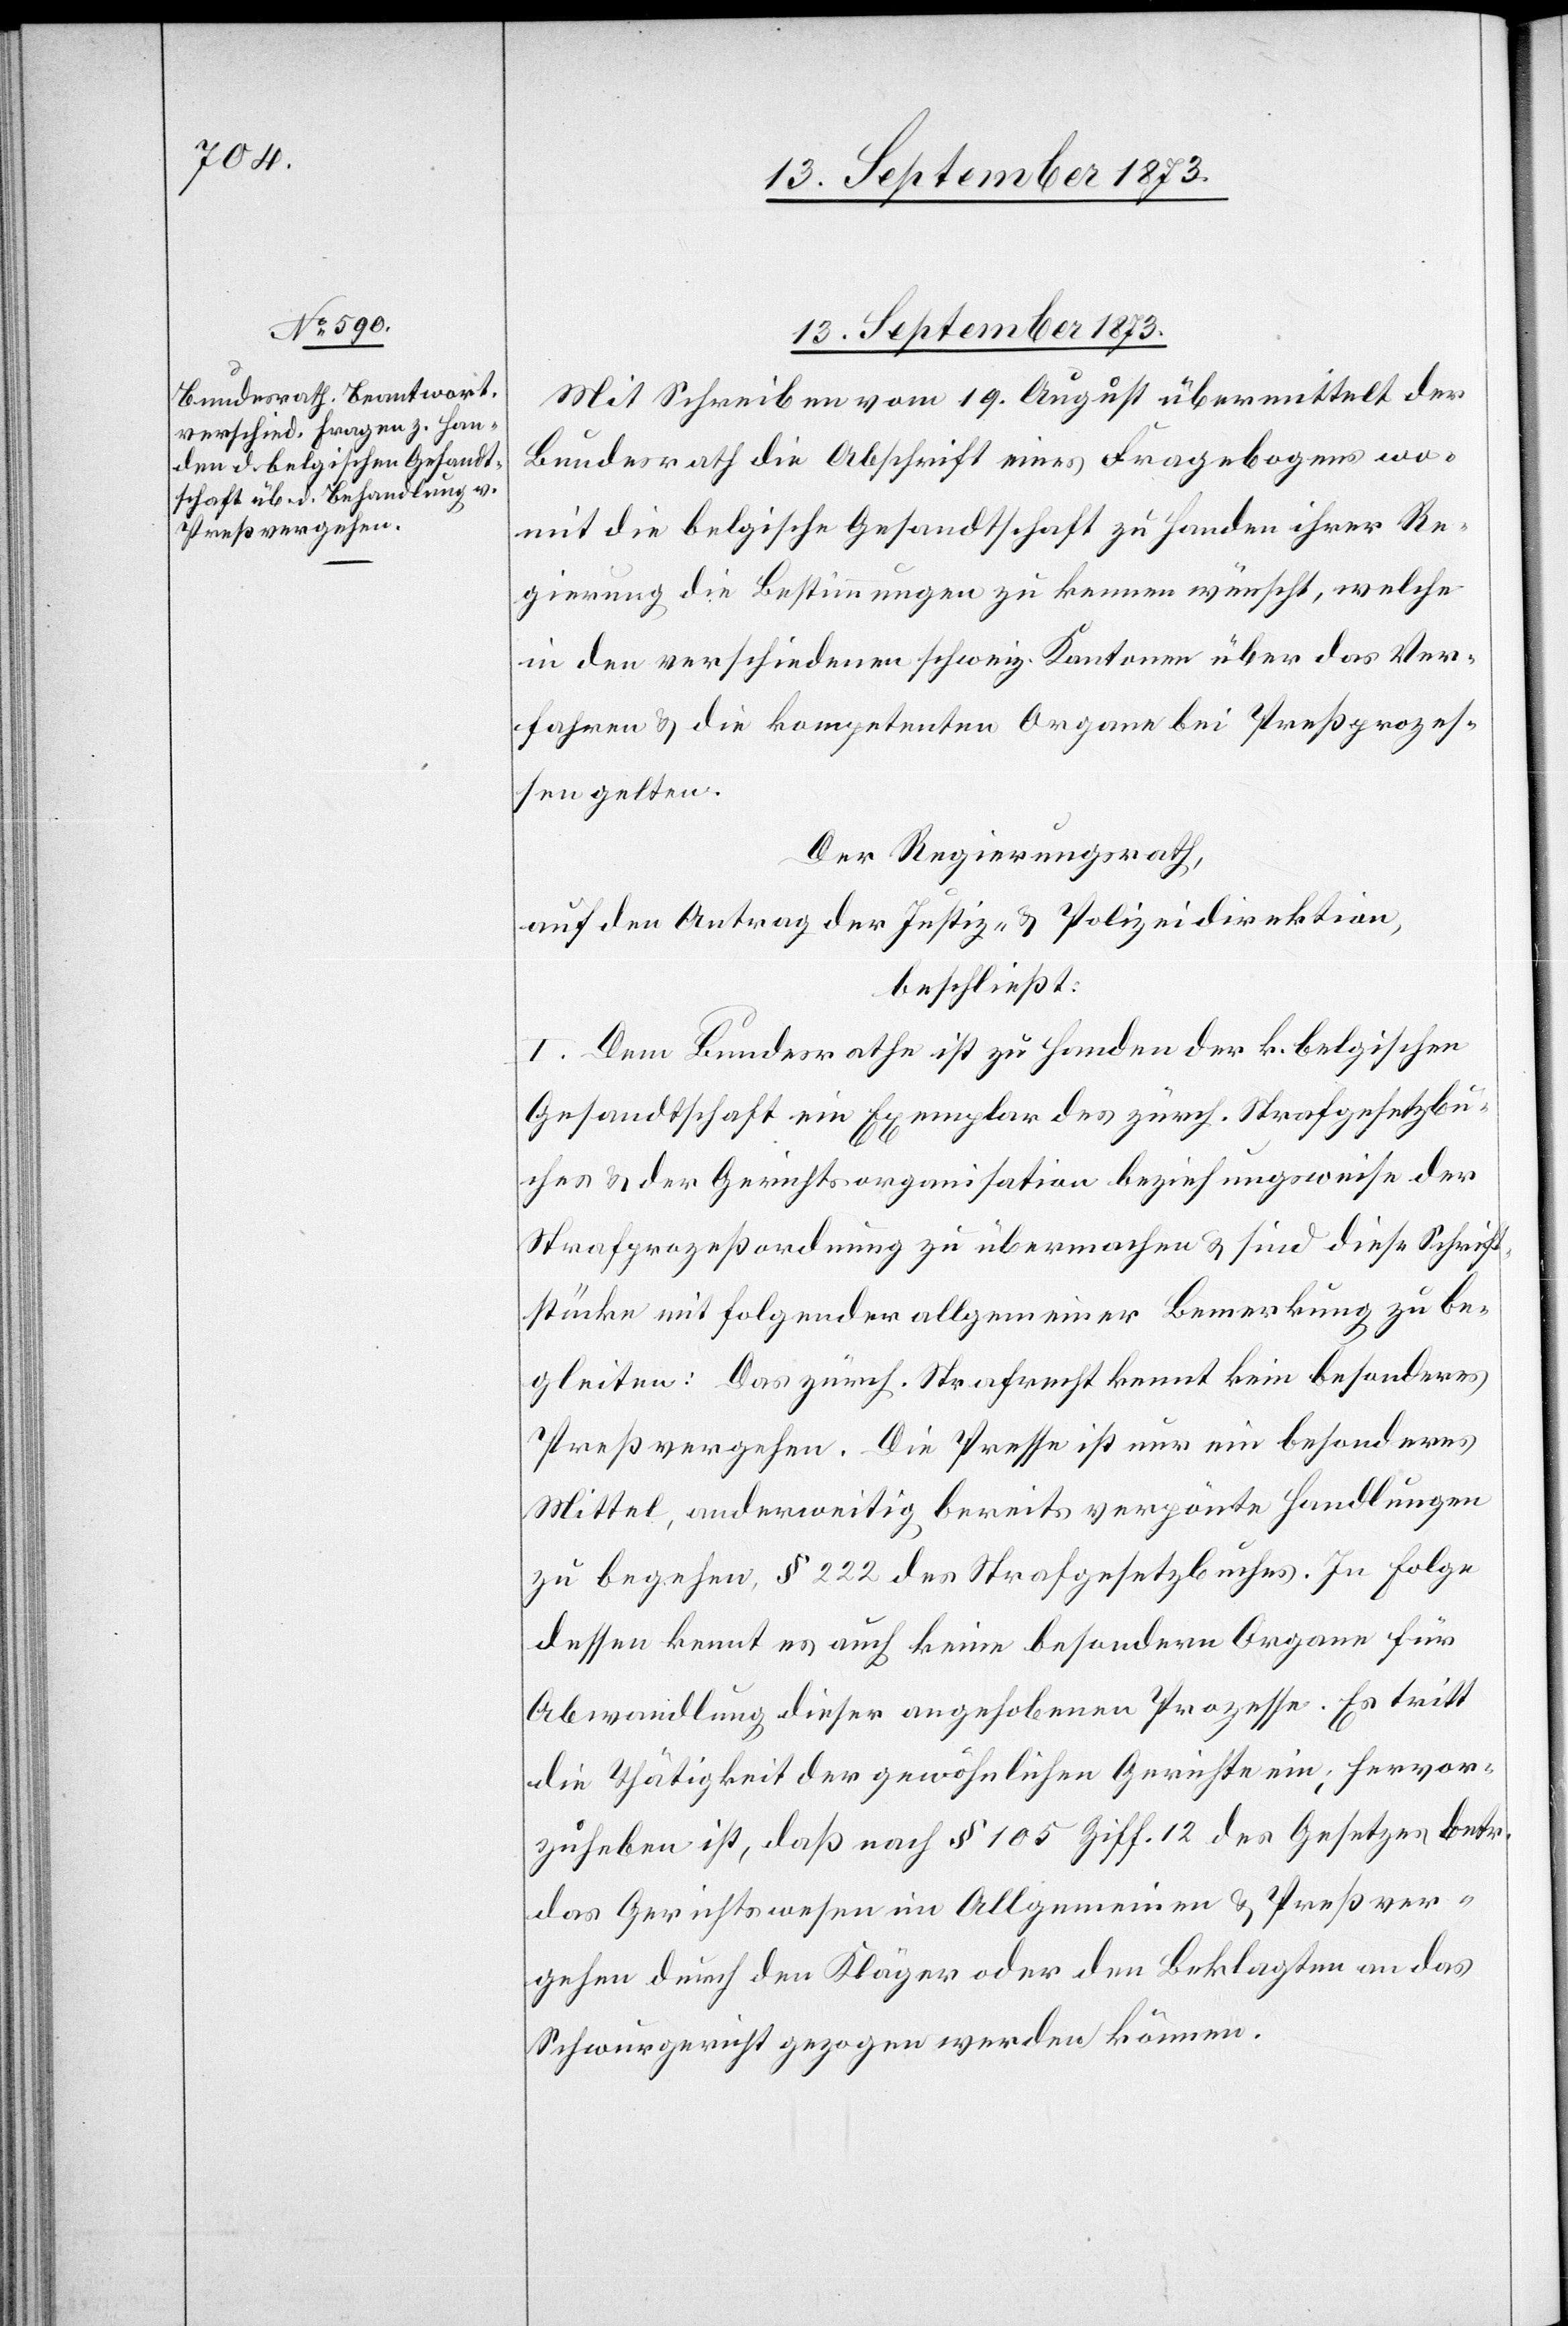
13. September 1873.
Mit Schreiben vom 19. August übermittelt der
Bundesrath die Abschrift eines Fragebogens wo¬
mit die belgische Gesandtschaft zu Handen ihrer Re¬
gierung die Bestimmungen zu kennen wünscht, welche
in den verschiedenen schweiz. Kantonen über das Ver¬
fahren & die kompetenten Organe bei Preßprozes¬
sen gelten.
Der Regierungsrath,
auf den Antrag der Justiz- & Polizeidirektion
beschließt:
I. Dem Bundesrathe ist zu Handen der k. belgischen
Gesandtschaft ein Exemplar des zürch. Strafgesetzbu¬
ches & der Gerichtsorganisation beziehungsweise der
Strafprozeßordnung zu übermachen & sind diese Schrift¬
stücke mit folgender allgemeiner Bemerkung zu be¬
gleiten: Das zürch. Strafrecht kennt kein besonderes
Preßvergehen. Die Presse ist nur ein besonderes
Mittel, anderweitig bereits verpönte Handlungen
zu begehen, § 222 des Strafgesetzbuches. In Folge
dessen kennt es auch keine besondern Organe für
Abwandlung dieser angehobenen Prozesse. Es tritt
die Thätigkeit der gewöhnlichen Gerichte ein; hervor¬
zuheben ist, daß nach § 105 Ziff. 12 des Gesetzes betr.
das Gerichtswesen im Allgemeinen & Preßver¬
gehen durch den Kläger oder den Beklagten an das
Schwurgericht gezogen werden können.